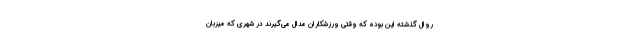
روال گذشته این بوده که وقتی ورزشکاران مدال می‌گیرند در شهری که میزبان